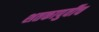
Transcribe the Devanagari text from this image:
शतकापुर्वीच